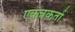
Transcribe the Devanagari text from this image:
एकत्रकर्ता